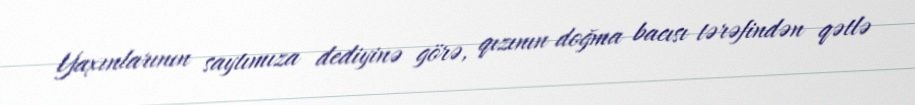
Yaxınlarının saytımıza dediyinə görə, qızının doğma bacısı tərəfindən qətlə